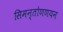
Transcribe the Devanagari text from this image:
सिमन्तोणणयन